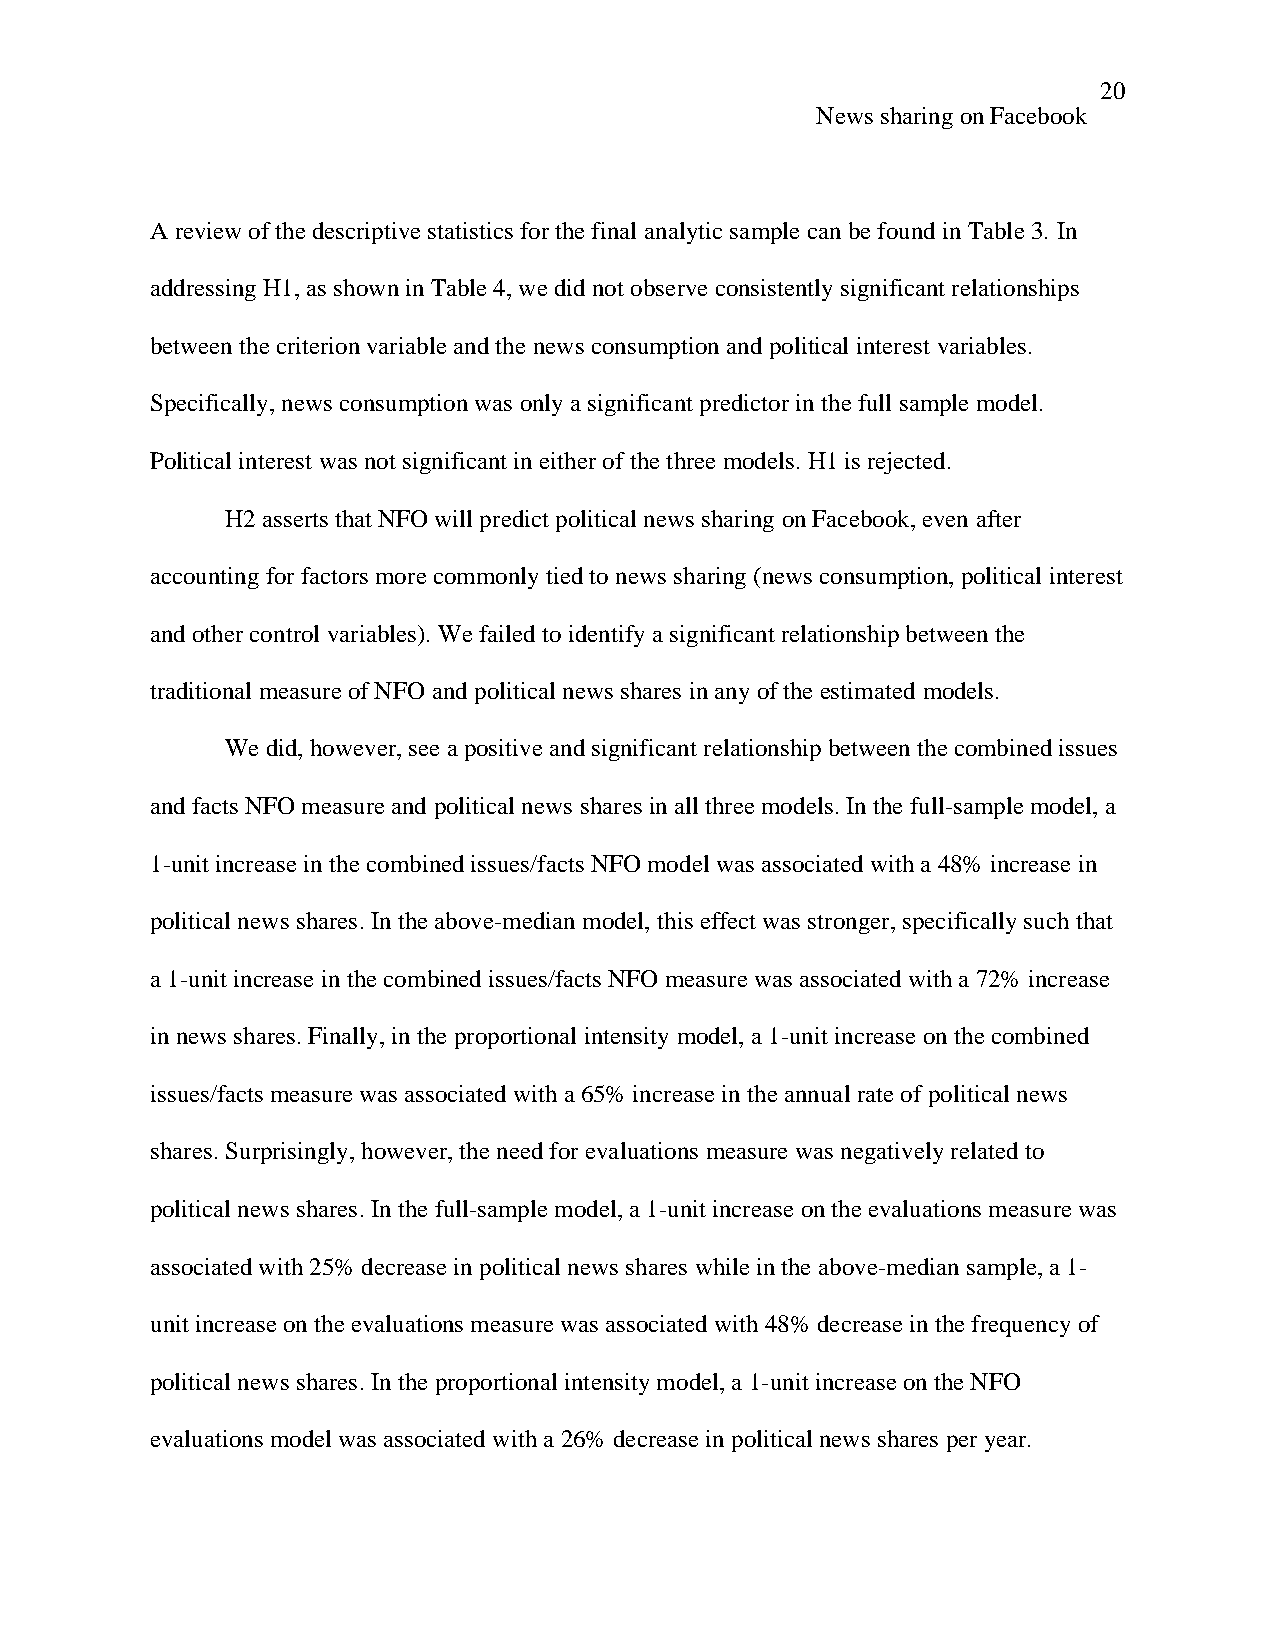
20
 News sharing on Facebook
 A review of the descriptive statistics for the final analytic sample can be found in Table 3. In
 addressing H1, as shown in Table 4, we did not observe consistently significant relationships
 between the criterion variable and the news consumption and political interest variables.
 Specifically, news consumption was only a significant predictor in the full sample model.
 Political interest was not significant in either of the three models. H1 is rejected.
 H2 asserts that NFO will predict political news sharing on Facebook, even after
 accounting for factors more commonly tied to news sharing (news consumption, political interest
 and other control variables). We failed to identify a significant relationship between the
 traditional measure of NFO and political news shares in any of the estimated models.
 We did, however, see a positive and significant relationship between the combined issues
 and facts NFO measure and political news shares in all three models. In the full-sample model, a
 1-unit increase in the combined issues/facts NFO model was associated with a 48% increase in
 political news shares. In the above-median model, this effect was stronger, specifically such that
 a 1-unit increase in the combined issues/facts NFO measure was associated with a 72% increase
 in news shares. Finally, in the proportional intensity model, a 1-unit increase on the combined
 issues/facts measure was associated with a 65% increase in the annual rate of political news
 shares. Surprisingly, however, the need for evaluations measure was negatively related to
 political news shares. In the full-sample model, a 1-unit increase on the evaluations measure was
 associated with 25% decrease in political news shares while in the above-median sample, a 1-
 unit increase on the evaluations measure was associated with 48% decrease in the frequency of
 political news shares. In the proportional intensity model, a 1-unit increase on the NFO
 evaluations model was associated with a 26% decrease in political news shares per year.